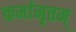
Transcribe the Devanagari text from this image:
कर्मामृतम्